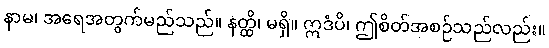
နာမ၊ အရေအတွက်မည်သည်။ နတ္ထိ၊ မရှိ။ ဣဒံပိ၊ ဤစိတ်အစဉ်သည်လည်း။